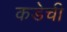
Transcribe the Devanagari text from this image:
कडेची